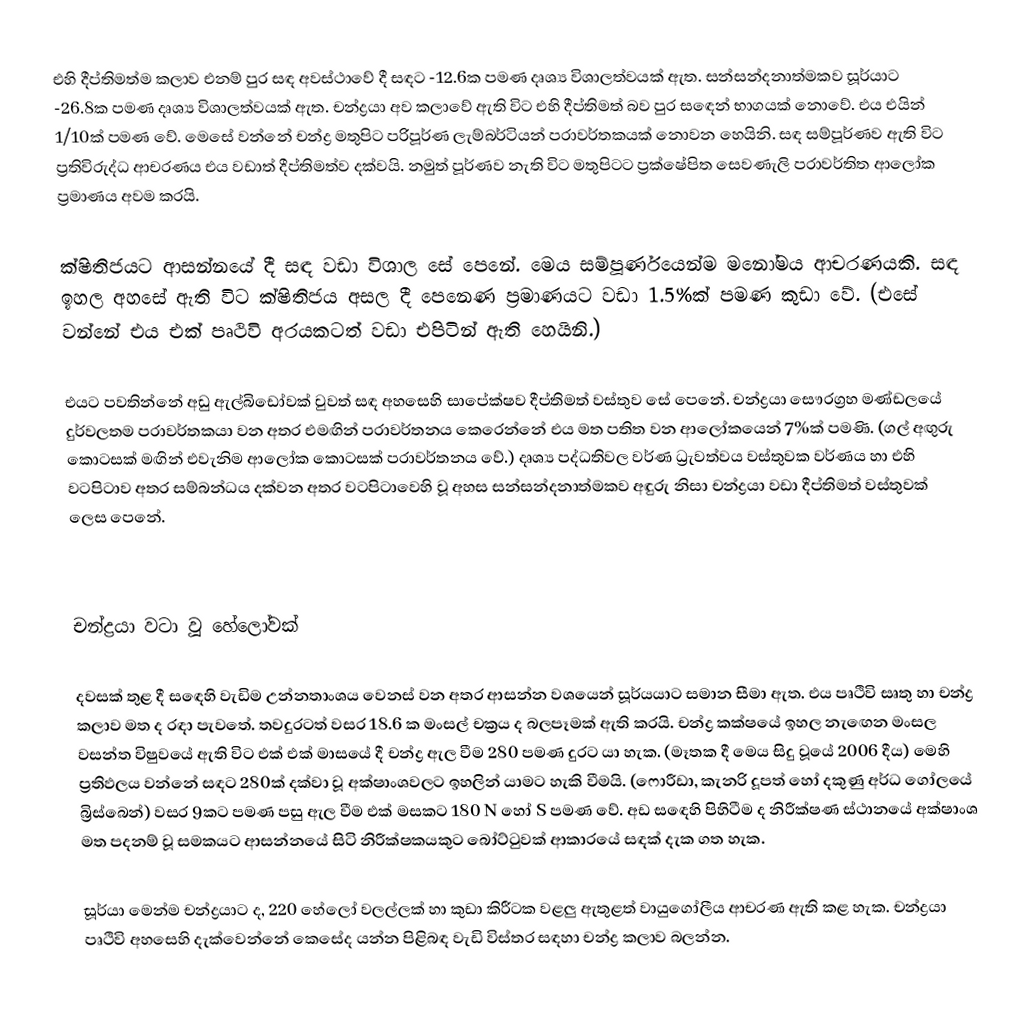
එහි දීප්තිමත්ම කලාව එනම් පුර සඳ අවස්ථාවේ දී සඳට -12.6ක පමණ දෘශ්‍ය විශාලත්වයක් ඇත. සන්සන්දනාත්මකව සූර්යාට -26.8ක පමණ දෘශ්‍ය විශාලත්වයක් ඇත. චන්ද්‍රයා අව කලාවේ ඇති විට එහි දීප්තිමත් බව පුර සඳෙන් භාගයක් නොවේ. එය එයින් 1/10ක් පමණ වේ. මෙසේ වන්නේ චන්ද්‍ර මතුපිට පරිපූර්ණ ලැම්බර්ටියන් පරාවර්තකයක් නොවන හෙයිනි. සඳ සම්පූර්ණව ඇති විට ප්‍රතිවිරුද්ධ ආචරණය එය වඩාත් දීප්තිමත්ව දක්වයි. නමුත් පූර්ණව නැති විට මතුපිටට ප්‍රක්ෂේපිත සෙවණැලි පරාවර්තිත ආලෝක ප්‍රමාණය අවම කරයි.

ක්ෂිතිජයට ආසන්නයේ දී සඳ වඩා විශාල සේ පෙනේ. මෙය සම්පූර්ණයෙන්ම මනෝමය ආචරණයකි. සඳ ඉහල අහසේ ඇති විට ක්ෂිතිජය අසල දී පෙනෙණ ප්‍රමාණයට වඩා 1.5%ක් පමණ කුඩා වේ. (එසේ වන්නේ එය එක් පෘථිවි අරයකටත් වඩා එපිටින් ඇති හෙයිනි.)

එයට පවතින්නේ අඩු ඇල්බිඩෝවක් වුවත් සඳ අහසෙහි සාපේක්ෂව දීප්තිමත් වස්තුව සේ පෙනේ. චන්ද්‍රයා සෞරග්‍රහ මණ්ඩලයේ දුර්වලතම පරාවර්තකයා වන අතර එමඟින් පරාවර්තනය කෙරෙන්නේ එය මත පතිත වන ආලෝකයෙන් 7%ක් පමණි. (ගල් අඟුරු කොටසක් මඟින් එවැනිම ආලෝක කොටසක් පරාවර්තනය වේ.) දෘශ්‍ය පද්ධතිවල වර්ණ ධ්‍රැවත්වය වස්තුවක වර්ණය හා එහි වටපිටාව අතර සම්බන්ධය දක්වන අතර වටපිටාවෙහි වූ අහස සන්සන්දනාත්මකව අඳුරු නිසා චන්ද්‍රයා වඩා දීප්තිමත් වස්තුවක් ලෙස පෙනේ.

චන්ද්‍රයා වටා වූ හේලෝවක්

දවසක් තුළ දී සඳෙහි වැඩිම උන්නතාංශය වෙනස් වන අතර ආසන්න වශයෙන් සූර්යයාට සමාන සීමා ඇත. එය පෘථිවි සෘතු හා චන්ද්‍ර කලාව මත ද රඳා පැවතේ. තවදුරටත් වසර 18.6 ක මංසල් චක්‍රය ද බලපෑමක් ඇති කරයි. චන්ද්‍ර කක්ෂයේ ඉහල නැ‍ඟෙන මංසල වසන්ත විෂුවයේ ඇති විට එක් එක් මාසයේ දී චන්ද්‍ර ඇල වීම 280 පමණ දුරට යා හැක. (මෑතක දී මෙය සිදු වූයේ 2006 දීය) මෙහි ප්‍රතිඵලය වන්නේ සඳට 280ක් දක්වා වූ අක්ෂාංශවලට ඉහලින් යාමට හැකි වීමයි. (ෆොරීඩා, කැනරි දූපත් හෝ දකුණු අර්ධ ගෝලයේ බ්‍රිස්බෙන්) වසර 9කට පමණ පසු ඇල වීම එක් මසකට 180 N හෝ S පමණ වේ. අඩ සඳෙහි පිහිටීම ද නිරීක්ෂණ ස්ථානයේ අක්ෂාංශ මත පදනම් වූ සමකයට ආසන්නයේ සිටි නිරීක්ෂකයකුට බෝට්ටුවක් ආකාරයේ සඳක් දැක ගත හැක.

සූර්යා මෙන්ම චන්ද්‍රයාට ද, 220 හේලෝ වලල්ලක් හා කුඩා කිරීටක වළලු ඇතුළත් වායු‍ගෝලීය ආචරණ ඇති කළ හැක. චන්ද්‍රයා පෘථිවි අහසෙහි දැක්වෙන්නේ කෙසේද යන්න පිළිබඳ වැඩි විස්තර සඳහා චන්ද්‍ර කලාව බලන්න.